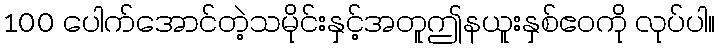
100 ပေါက်အောင်တဲ့သမိုင်းနှင့်အတူဤနယူးနှစ်ဧဝကို လုပ်ပါ။